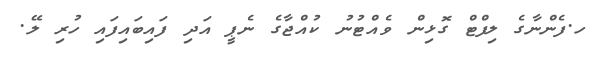
ހ.ފެންނާގެ ލިފްޓް ގޮޅިން ވެއްޓުނު ކުއްޖާގެ ނެޕީ އަދި ފައިބައިފައި ހުރި ލޭ.